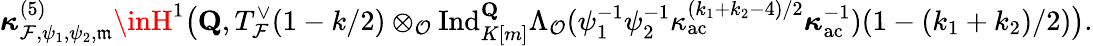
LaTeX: \boldsymbol{\kappa}_{\mathcal{F},\psi_{1},\psi_{2},\mathfrak{{m}}}^{(5)}\inH^{1}\bigl(\mathbf{{Q}},T_{\mathcal{F}}^{\vee}(1-k/2)\otimes_{\mathcal{O}}\mathrm{{Ind}}_{K[m]}^{\mathbf{{Q}}}\Lambda_{\mathcal{O}}(\psi_{1}^{-1}\psi_{2}^{-1}\kappa_{\mathrm{{ac}}}^{(k_{1}+k_{2}-4)/2}\boldsymbol{\kappa}_{\mathrm{{ac}}}^{-1})(1-(k_{1}+k_{2})/2)\bigr).